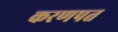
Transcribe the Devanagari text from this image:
करणपत